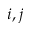
i , j